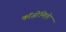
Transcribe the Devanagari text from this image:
कॉजोंनिएरे